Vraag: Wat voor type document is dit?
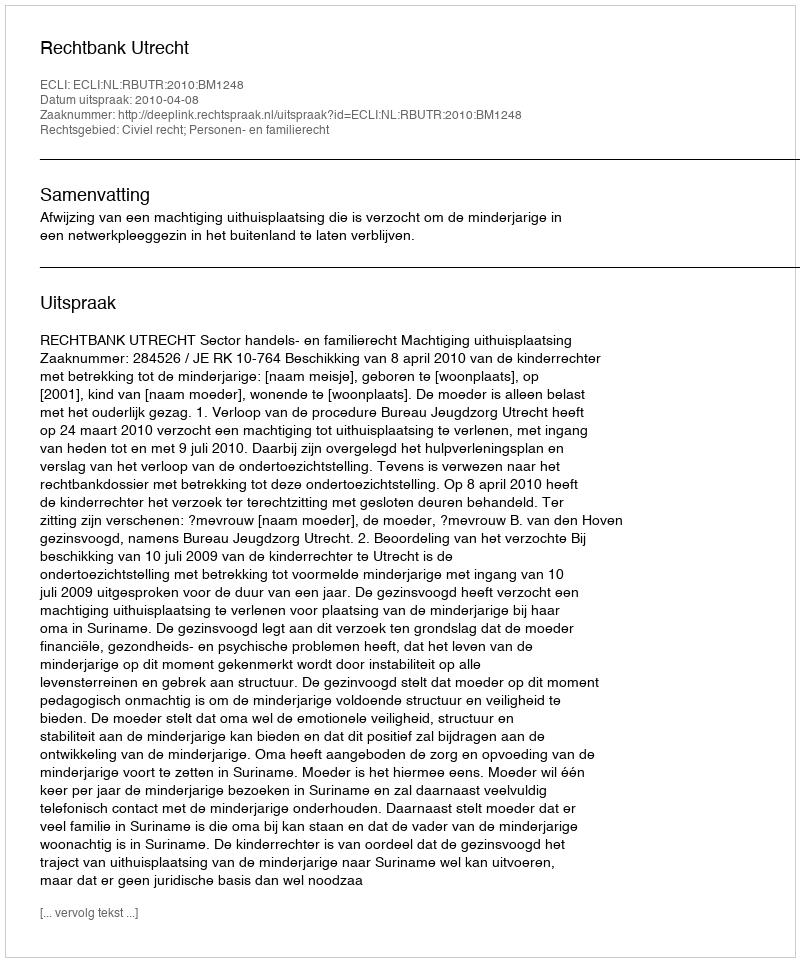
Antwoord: Uitspraak